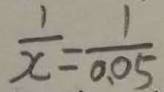
\frac { 1 } { x } = \frac { 1 } { 0 . 0 5 }